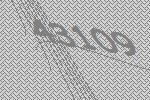
43109